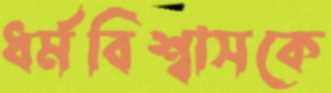
ধর্মবিশ্বাসকে